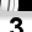
Digit: 3